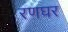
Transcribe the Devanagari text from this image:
रणघर